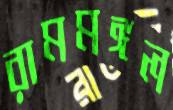
রামমঙ্গল